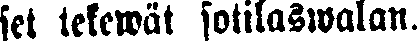
set tekewät sotilaswalan.